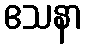
ဧသနာ